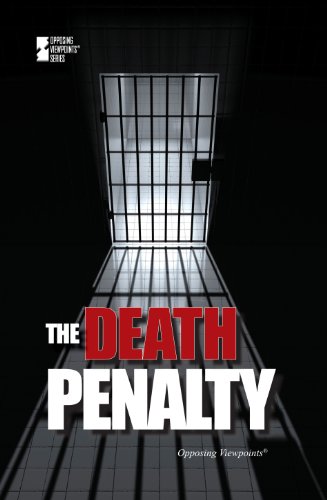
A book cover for The Death Penalty (Opposing Viewpoints); David Haugen; Teen & Young Adult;